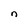
Character: n